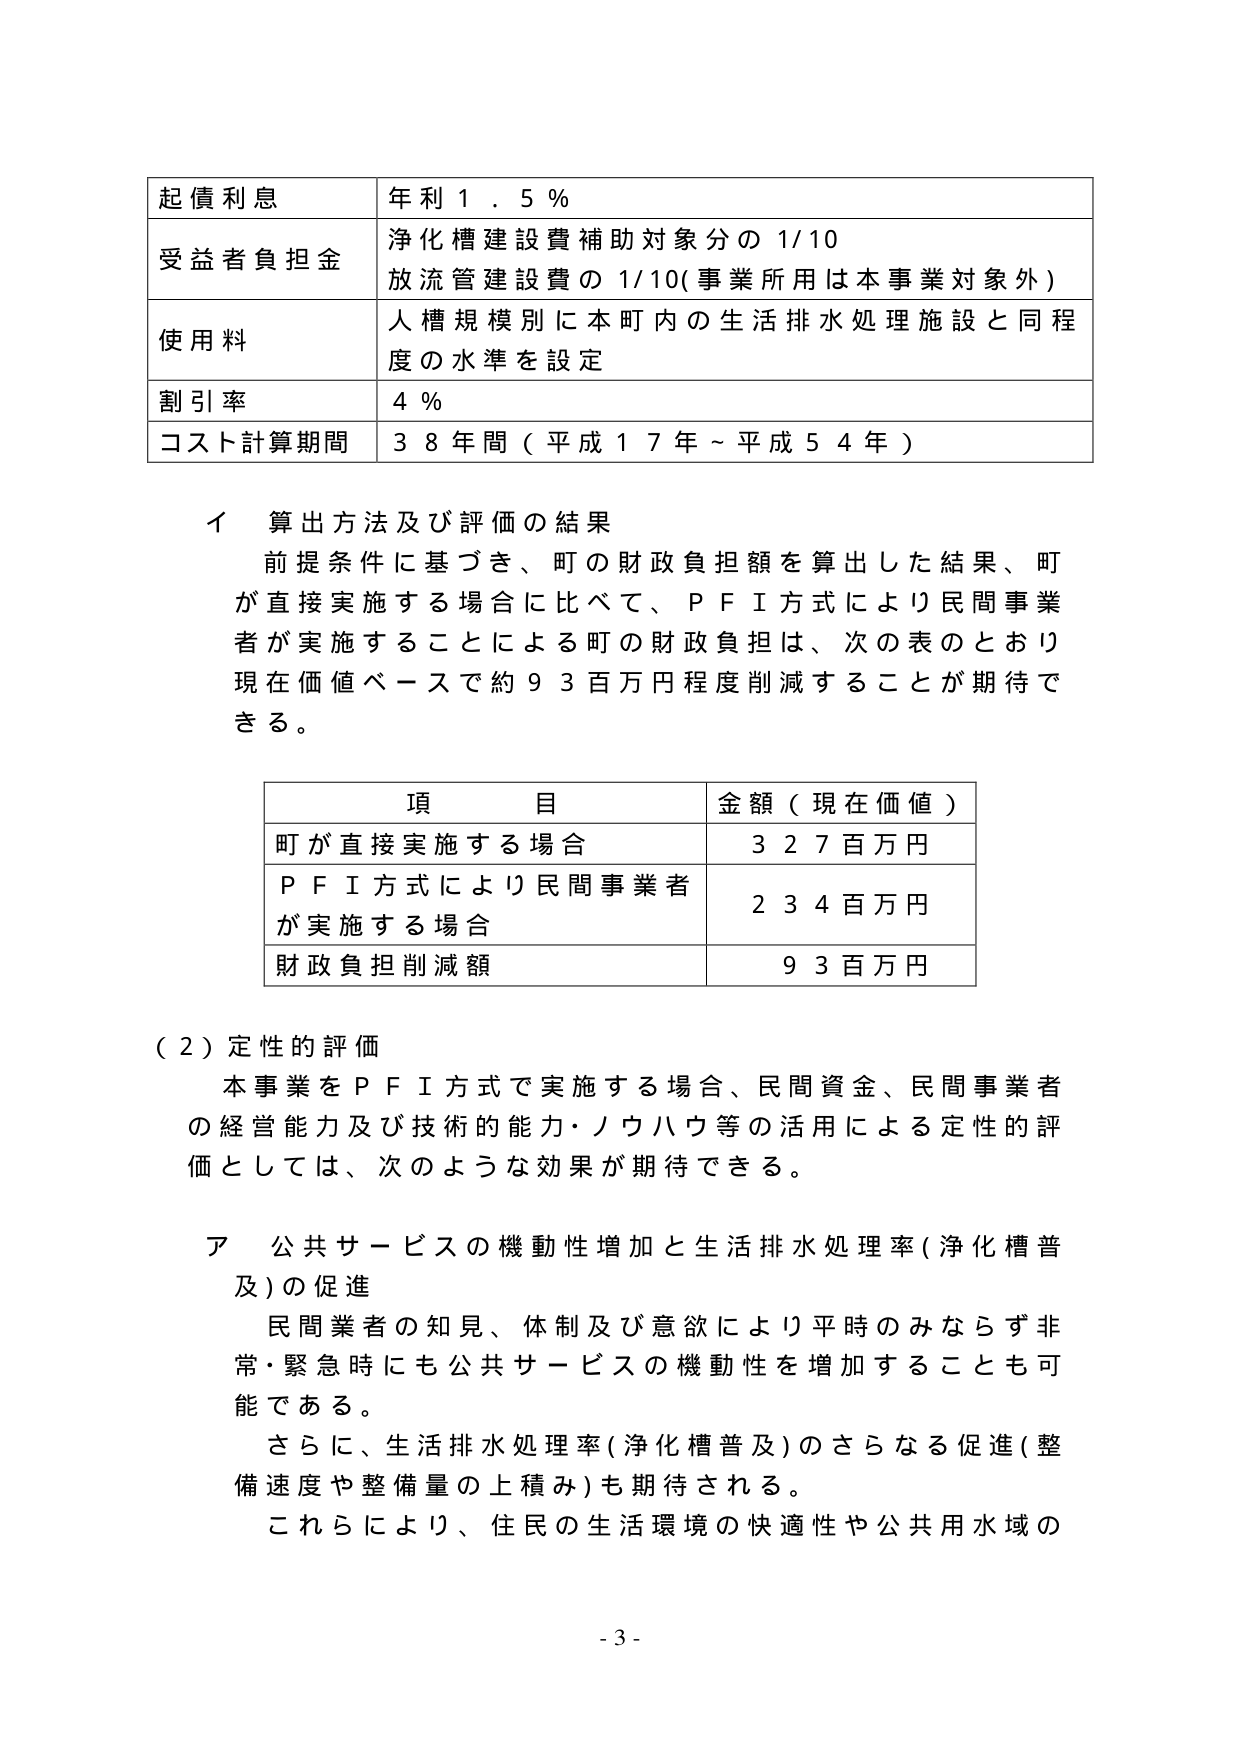
起債利息 年利１．５％
受益者負担金 浄化槽建設費補助対象分の1/10
放流管建設費の1/10(事業所用は本事業対象外)
使用料 人槽規模別に本町内の生活排水処理施設と同程度の水準を設定
割引率 ４％
コスト計算期間 ３８年間（平成１７年～平成５４年）

イ 算出方法及び評価の結果
前提条件に基づき、町の財政負担額を算出した結果、町が直接実施する場合に比べて、ＰＦＩ方式により民間事業者が実施することによる町の財政負担は、次の表のとおり現在価値ベースで約９３百万円程度削減することが期待できる。

項 目 金額（現在価値）
町が直接実施する場合 ３２７百万円
ＰＦＩ方式により民間事業者が実施する場合 ２３４百万円
財政負担削減額 ９３百万円

（２）定性的評価
本事業をＰＦＩ方式で実施する場合、民間資金、民間事業者の経営能力及び技術的能力・ノウハウ等の活用による定性的評価としては、次のような効果が期待できる。

ア 公共サービスの機動性増加と生活排水処理率（浄化槽普及）の促進
民間業者の知見、体制及び意欲により平時のみならず非常・緊急時にも公共サービスの機動性を増加することも可能である。
さらに、生活排水処理率（浄化槽普及）のさらなる促進（整備速度や整備量の上積み）も期待される。
これらにより、住民の生活環境の快適性や公共用水域の

- 3 -